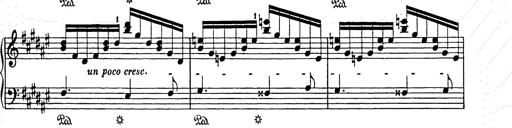
Title: Weihnachtsbaum
Composer: Franz Liszt